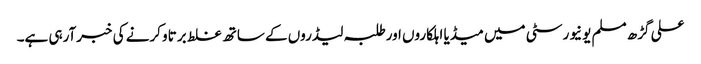
علی گڑھ مسلم یونیورسٹی میں میڈیا اہلکاروں اورطلبہ لیڈروں کے ساتھ غلط برتاو کرنے کی خبرآرہی ہے۔